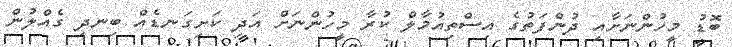
ބޮޑު މީހުންނަށާއި ދުންފަތުގެ އިސްތިއުމާލް ކުރާ މީހުންނަށް އަދި ކަށިގަނޑެއް ބިނދި ގެއްލުން